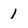
Character: 1